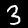
Digit: 3